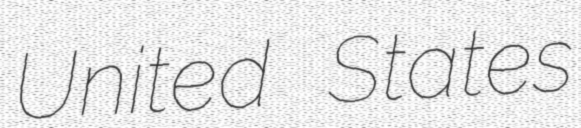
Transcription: United States